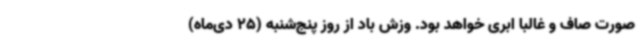
صورت صاف و غالباً ابری خواهد بود. وزش باد از روز پنج‌شنبه (25 دی‌ماه)